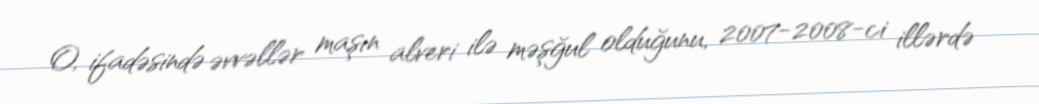
O, ifadəsində əvvəllər maşın alveri ilə məşğul olduğunu, 2007-2008-ci illərdə